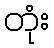
တုံး